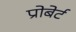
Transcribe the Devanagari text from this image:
प्रोबेर्ट